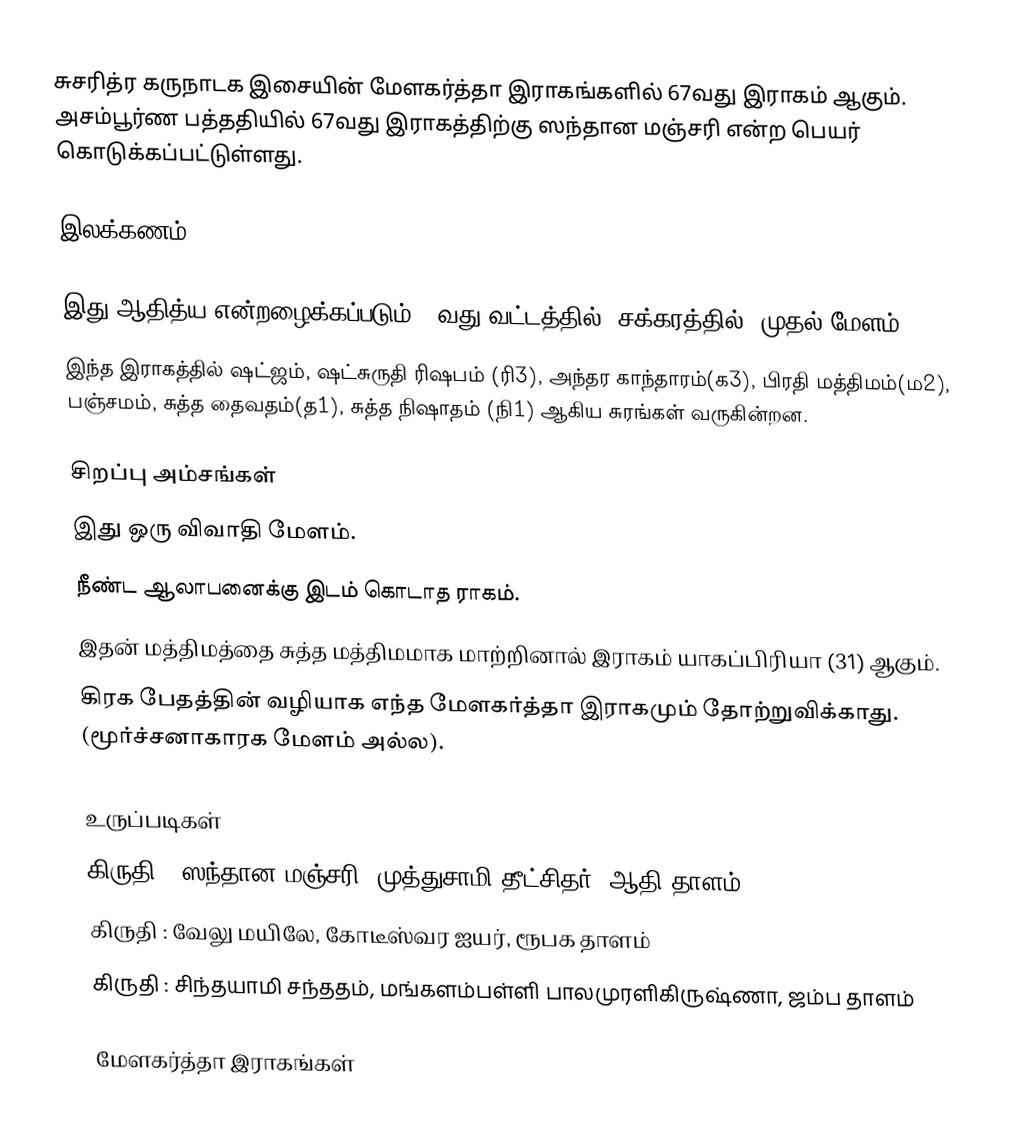
சுசரித்ர கருநாடக இசையின் மேளகர்த்தா இராகங்களில் 67வது இராகம் ஆகும். அசம்பூர்ண பத்ததியில் 67வது இராகத்திற்கு ஸந்தான மஞ்சரி என்ற பெயர் கொடுக்கப்பட்டுள்ளது.

இலக்கணம்

 இது ஆதித்ய என்றழைக்கப்படும் 12வது வட்டத்தில் (சக்கரத்தில்) முதல் மேளம்.
 இந்த இராகத்தில் ஷட்ஜம், ஷட்சுருதி ரிஷபம் (ரி3), அந்தர காந்தாரம்(க3), பிரதி மத்திமம்(ம2), பஞ்சமம், சுத்த தைவதம்(த1), சுத்த நிஷாதம் (நி1) ஆகிய சுரங்கள் வருகின்றன.

சிறப்பு அம்சங்கள்
 இது ஒரு விவாதி மேளம்.
 நீண்ட ஆலாபனைக்கு இடம் கொடாத ராகம்.
 இதன் மத்திமத்தை சுத்த மத்திமமாக மாற்றினால் இராகம் யாகப்பிரியா (31) ஆகும்.
 கிரக பேதத்தின் வழியாக எந்த மேளகர்த்தா இராகமும் தோற்றுவிக்காது. (மூர்ச்சனாகாரக மேளம் அல்ல).

உருப்படிகள்
 கிருதி : ஸந்தான மஞ்சரி, முத்துசாமி தீட்சிதர், ஆதி தாளம்
 கிருதி : வேலு மயிலே, கோடீஸ்வர ஐயர், ரூபக தாளம்
 கிருதி : சிந்தயாமி சந்ததம், மங்களம்பள்ளி பாலமுரளிகிருஷ்ணா, ஜம்ப தாளம்

மேளகர்த்தா இராகங்கள்